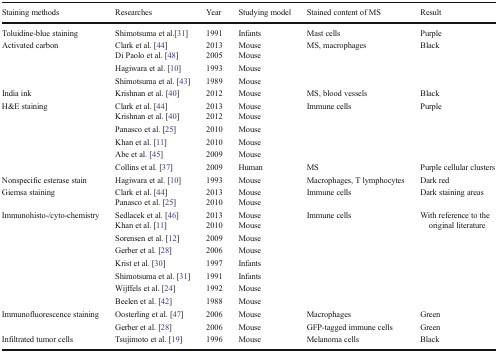
| Staining methods | Researches | Year | Studying model | Stained content of MS | Result |
 | --- | --- | --- | --- | --- | --- |
 | Toluidine-blue staining | Shimotsuma et al.[31] | 1991 | Infants | Mast cells | Purple |
 | <ROWSPAN=4> Activated carbon | Clark et al. [44] | 2013 | Mouse | <ROWSPAN=4> MS, macrophages | <ROWSPAN=4> Black |
 | Di Paolo et al. [48] | 2005 | Mouse |
 | Hagiwara et al. [10] | 1993 | Mouse |
 | Shimotsuma et al. [43] | 1989 | Mouse |
 | India ink | Krishnan et al. [40] | 2012 | Mouse | MS, blood vessels | Black |
 | <ROWSPAN=6> H&E staining | Clark et al. [44] | 2013 | Mouse | <ROWSPAN=5> Immune cells | <ROWSPAN=5> Purple |
 | Krishnan et al. [40] | 2012 | Mouse |
 | Panasco et al. [25] | 2010 | Mouse |
 | Khan et al. [11] | 2010 | Mouse |
 | Abe et al. [45] | 2009 | Mouse |
 | Collins et al. [37] | 2009 | Human | MS | Purple cellular clusters |
 | Nonspecific esterase stain | Hagiwara et al. [10] | 1993 | Mouse | Macrophages, T lymphocytes | Dark red |
 | <ROWSPAN=2> Giemsa staining | Clark et al. [44] | 2013 | Mouse | <ROWSPAN=2> Immune cells | <ROWSPAN=2> Dark staining areas |
 | Panasco et al. [25] | 2010 | Mouse |
 | <ROWSPAN=8> Immunohisto-/cyto-chemistry | Sedlacek et al. [46] | 2013 | Mouse | <ROWSPAN=8> Immune cells | <ROWSPAN=8> With reference to the original literature |
 | Khan et al. [11] | 2010 | Mouse |
 | Sorensen et al. [12] | 2009 | Mouse |
 | Gerber et al. [28] | 2006 | Mouse |
 | Krist et al. [30] | 1997 | Infants |
 | Shimotsuma et al. [31] | 1991 | Infants |
 | Wijffels et al. [24] | 1992 | Mouse |
 | Beelen et al. [42] | 1988 | Mouse |
 | <ROWSPAN=2> Immunofluorescence staining | Oosterling et al. [47] | 2006 | Mouse | Macrophages | Green |
 | Gerber et al. [28] | 2006 | Mouse | GFP-tagged immune cells | Green |
 | Infiltrated tumor cells | Tsujimoto et al. [19] | 1996 | Mouse | Melanoma cells | Black |